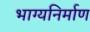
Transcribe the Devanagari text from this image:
भाग्यनिर्माण